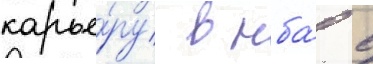
карье́ру в нба́ с